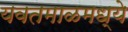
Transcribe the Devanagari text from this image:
यवतमाळमध्ये